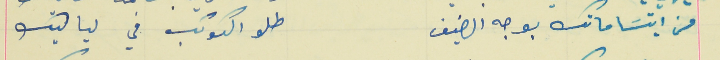
من ابتسَامتك بوجه الضيف                                   طلو الكواكب في لياليك